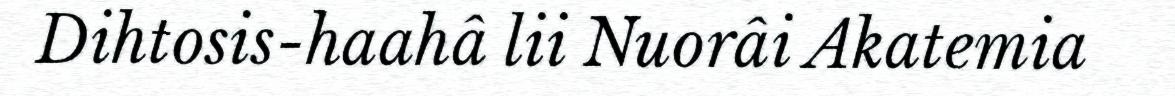
Dihtosis-haahâ lii Nuorâi Akatemia